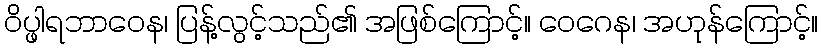
ဝိပ္ဖါရဘာဝေန၊ ပြန့်လွင့်သည်၏ အဖြစ်ကြောင့်။ ဝေဂေန၊ အဟုန်ကြောင့်။